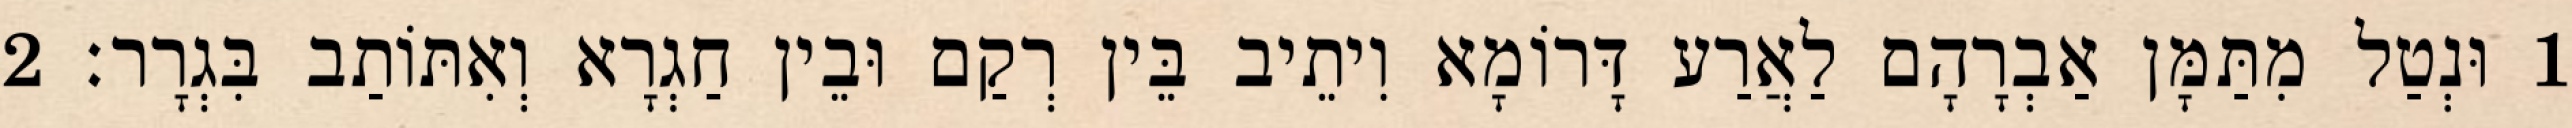
1 וּנְטַל מִתַּמָּן אַבְרָהָם לַאֲרַע דָּרוֹמָא וִיתֵיב בֵּין רְקַם וּבֵין חַגְרָא וְאִתּוֹתַב בִּגְרָר׃ 2